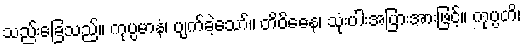
သည်းခြေသည်။ ကုပ္ပမာနံ၊ ပျက်ခဲ့သော်။ တိဝိဓေန၊ သုံးပါးအပြားအားဖြင့်။ ကုပ္ပတိ၊